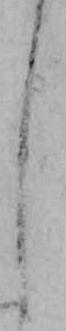
し